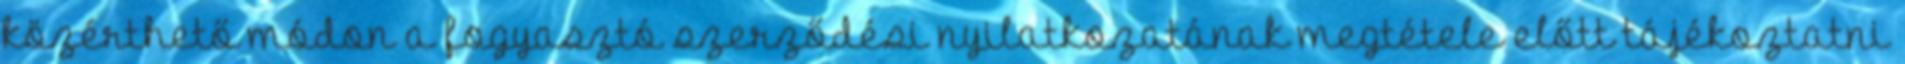
közérthető módon a fogyasztó szerződési nyilatkozatának megtétele előtt tájékoztatni